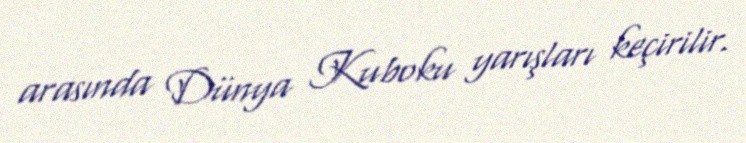
arasında Dünya Kuboku yarışları keçirilir.